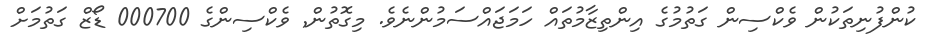
ކުންފުނިތަކުން ވެކްސިން ގަތުމުގެ އިންތިޒާމުތައް ހަމަޖައްސަމުންނެވެ. މިގޮތުން